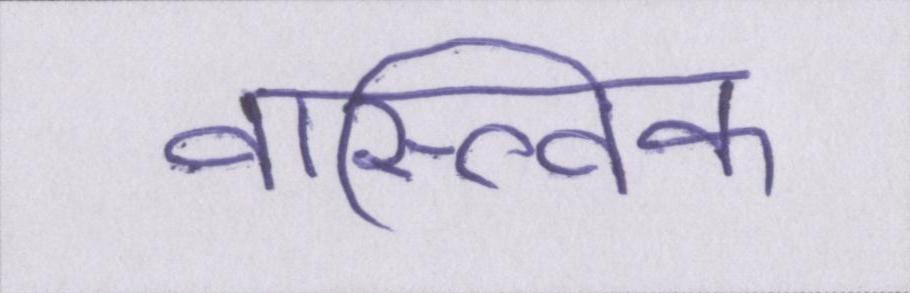
वास्त्विक